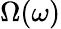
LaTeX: \Omega(\omega)